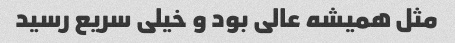
مثل همیشه عالی بود و خیلی سریع رسید